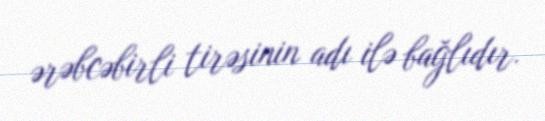
ərəbcəbirli tirəsinin adı ilə bağlıdır.